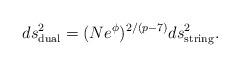
LaTeX: \begin{align*}ds^2_{\rm dual} =(Ne^{\phi})^{2/(p-7)}ds^2_{\rm string}.\end{align*}